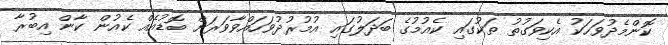
ކޮންމެދުވަހަކު އެކިވަގުތު ތަކުގައި ކެއުމުގެ ބަދަލުގައި އުމުރުދުވަހައްވާވަރަށް ބޮޑުއެއް ކެއުން ކާން އިބުރާ